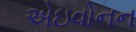
એઇવોનન